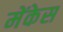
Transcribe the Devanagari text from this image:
मेंकेस